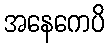
အနေကေပိ